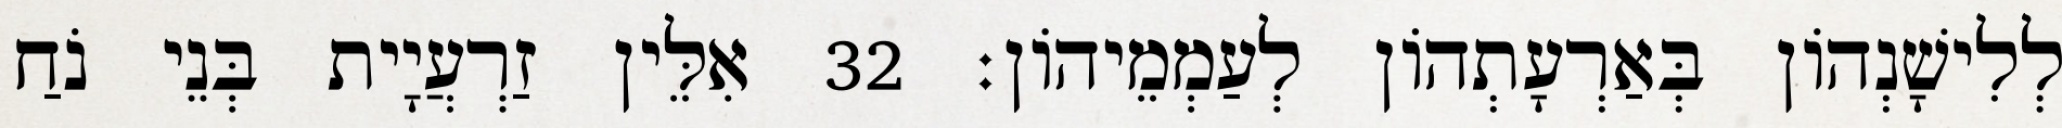
לְלִישָׁנְהוֹן בְּאַרְעָתְהוֹן לְעַמְמֵיהוֹן׃ 32 אִלֵּין זַרְעֲיָית בְּנֵי נֹחַ